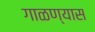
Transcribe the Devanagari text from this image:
गाळण्यास